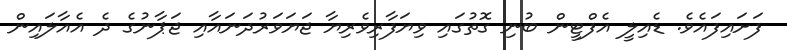
ފަށައިފައެވެ. ޑެއިލީ އެފްޓީން ބުނި ގޮތުގައި ވިޔަފާރިވެރިޔާ ޖަޔަވަރުދަނައާއި ޖަޕާނުގެ ދެ އެއާލައިން